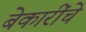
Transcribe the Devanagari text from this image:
बेकारींचे